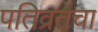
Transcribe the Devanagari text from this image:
पतिव्रतेचा